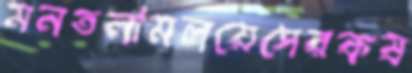
মনতলামলয়েসেরকষ